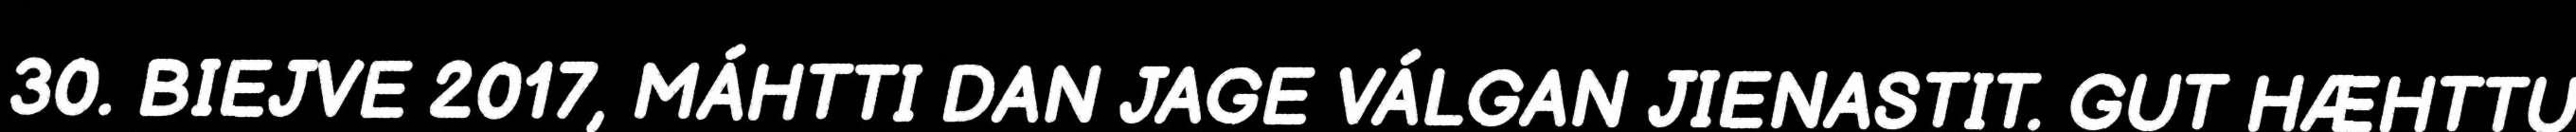
30. BIEJVE 2017, MÁHTTI DAN JAGE VÁLGAN JIENASTIT. GUT HÆHTTU